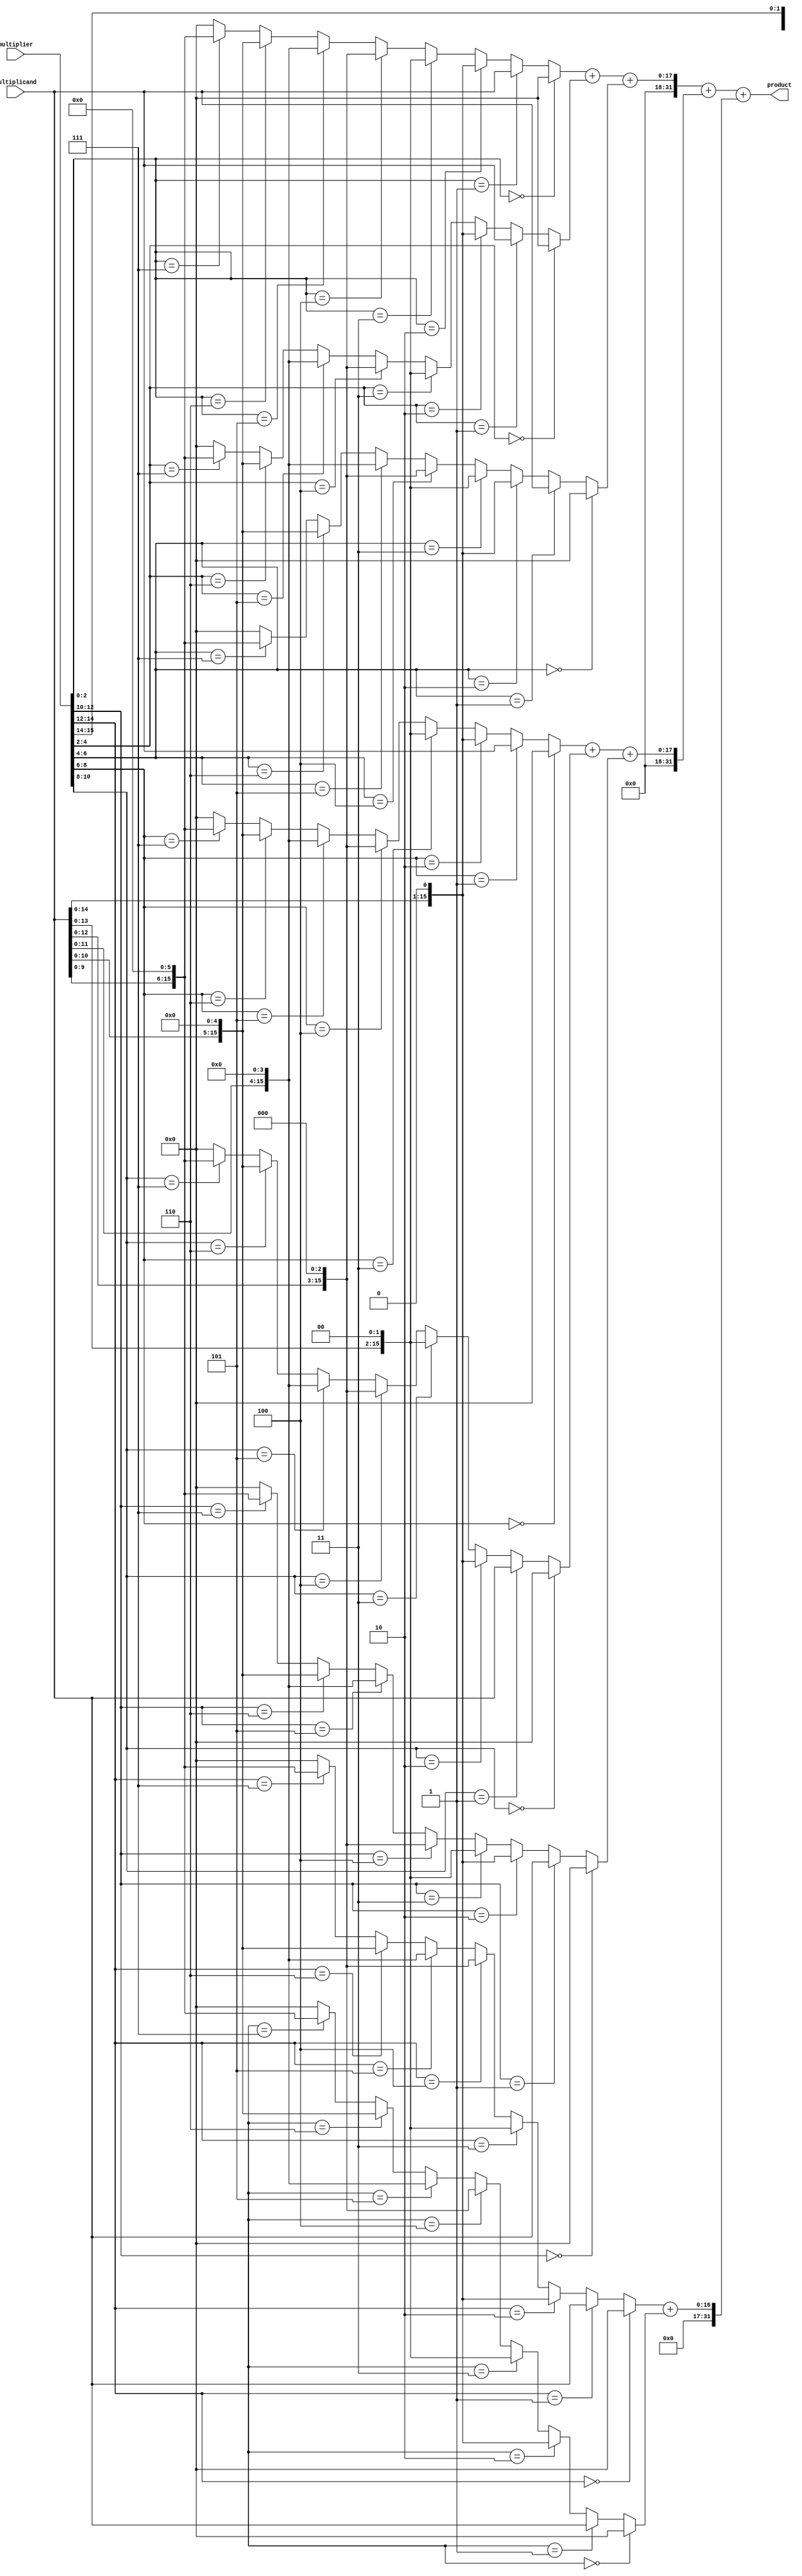
module higher_radix_wallace_tree_multiplier(
    input [15:0] multiplicand,  // 16-bit multiplicand
    input [15:0] multiplier,     // 16-bit multiplier
    output reg [31:0] product    // 32-bit product
);

// Number of partial products for Radix-8
wire [15:0] pp[0:7]; // 8 partial products
wire [31:0] sum_stage1[0:3]; // First stage of summation
wire [31:0] sum_stage2; // Final sum after reduction

// Generate partial products
generate
    genvar i;
    for (i = 0; i < 8; i = i + 1) begin : pp_gen
        assign pp[i] = (multiplier[i*2 +: 3] == 3'b000) ? 16'b0 :
                       (multiplier[i*2 +: 3] == 3'b001) ? multiplicand :
                       (multiplier[i*2 +: 3] == 3'b010) ? {multiplicand, 1'b0} :
                       (multiplier[i*2 +: 3] == 3'b011) ? {multiplicand, 2'b00} :
                       (multiplier[i*2 +: 3] == 3'b100) ? {multiplicand, 3'b000} :
                       (multiplier[i*2 +: 3] == 3'b101) ? {multiplicand, 4'b0000} :
                       (multiplier[i*2 +: 3] == 3'b110) ? {multiplicand, 5'b00000} :
                       (multiplier[i*2 +: 3] == 3'b111) ? {multiplicand, 6'b000000} : 16'b0;
    end
endgenerate

// First stage of reduction (using simple addition)
assign sum_stage1[0] = pp[0] + pp[1] + pp[2];
assign sum_stage1[1] = pp[3] + pp[4] + pp[5];
assign sum_stage1[2] = pp[6] + pp[7];
assign sum_stage1[3] = 32'b0; // Placeholder for unused sums

// Second stage of reduction
assign sum_stage2 = sum_stage1[0] + sum_stage1[1] + sum_stage1[2];

// Final product assignment
always @(*) begin
    product = sum_stage2;
end

endmodule